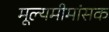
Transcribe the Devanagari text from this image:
मूल्यमीमांसक